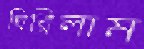
ঘিরিলাম